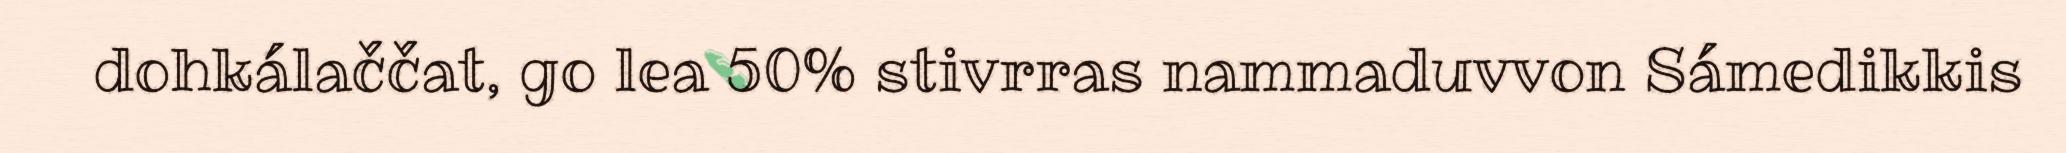
dohkálaččat, go lea 50% stivrras nammaduvvon Sámedikkis